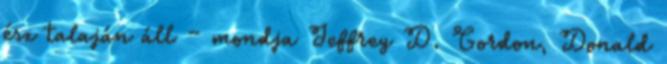
ész talaján áll – mondja Jeffrey D. Gordon, Donald